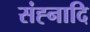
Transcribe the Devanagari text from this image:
संह्नादि